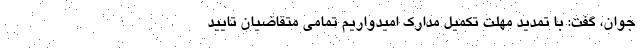
جوان، گفت: با تمدید مهلت تکمیل مدارک امیدواریم تمامی متقاضیان تایید